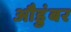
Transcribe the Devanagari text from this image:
औडुंबर